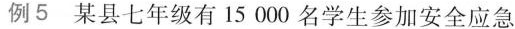
例5 某县七年级有15000名学生参加安全应急